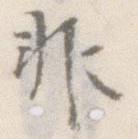
非